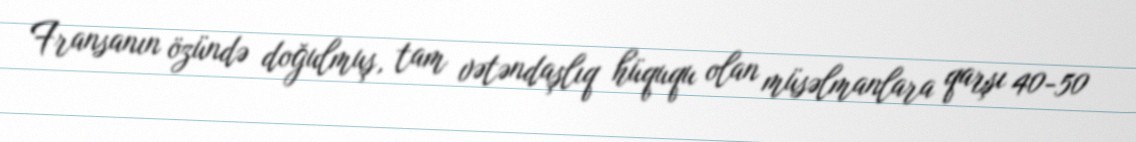
Fransanın özündə doğulmuş, tam vətəndaşlıq hüququ olan müsəlmanlara qarşı 40-50